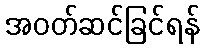
အဝတ်ဆင်ခြင်ရန်